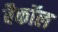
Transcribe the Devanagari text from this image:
बैकॉल